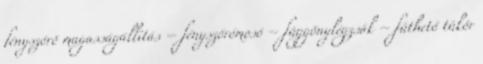
fényszóró magasságállítás – fényszórómosó – függönylégzsák – fűthető tükör